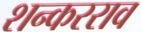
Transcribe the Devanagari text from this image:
शन्करराव